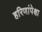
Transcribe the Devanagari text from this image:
हरिणांपेक्षा